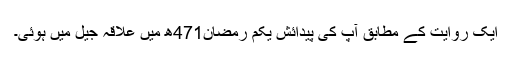
ایک روایت کے مطابق آپ کی پیدائش یکم رمضان471ھ میں علاقہ جیل میں ہوئی۔